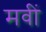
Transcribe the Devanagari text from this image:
मवीं